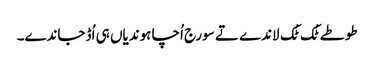
طوطے ٹُک ٹُک لاندے تے سورج اُچا ہوندیاں ہی اُڈ جاندے۔